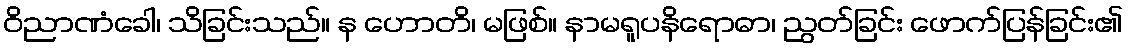
ဝိညာဏံခေါ၊ သိခြင်းသည်။ န ဟောတိ၊ မဖြစ်။ နာမရူပနိရောဓာ၊ ညွတ်ခြင်း ဖောက်ပြန်ခြင်း၏